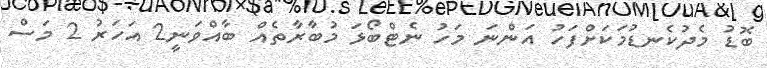
ބޮޑު މެދުކެނޑުމަކަށްފަހު އަންނަ މަހު ނެޓްބޯޅަ މުބާރާތެއް ބާއްވަނީ2 އަހަރު 2 މަސް